Annual report of the Punjab Veterinary College and of the Civil Veterinary Department, Punjab - 1926-1932
Year: 1926
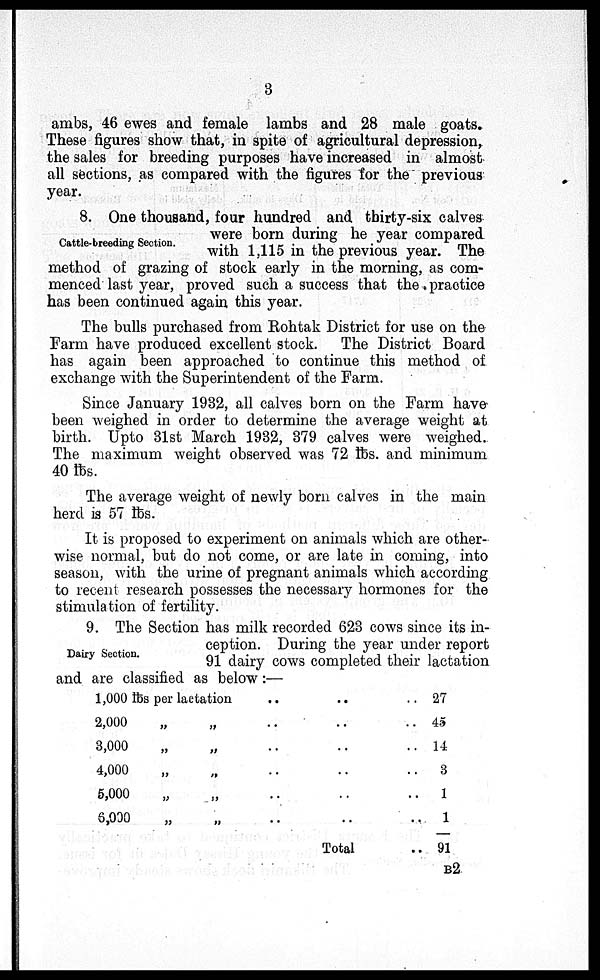
8
ambs, 46 ewes and female lambs and 28 male goats.
These figures show that, in spite of agricultural depression,
the sales for breeding purposes have increased in almost
all sections, as compared with the figures for the previous
year.
Cattle-breeding Section.
8. One thousand, four hundred and thirty-six calves
were born during he year compared
with 1,115 in the previous year. The
method of grazing of stock early in the morning, as com-
menced last year, proved such a success that the practice
has been continued again this year.
The bulls purchased from Rohtak District for use on the
Farm have produced excellent stock. The District Board
has again been approached to continue this method of
exchange with the Superintendent of the Farm.
Since January 1932, all calves born on the Farm have
been weighed in order to determine the average weight at
birth. Upto 31st March 1932, 379 calves were weighed.
The maximum weight observed was 72 lbs. and minimum
40 lbs.
The average weight of newly born calves in the main
herd is 57 lbs.
It is proposed to experiment on animals which are other-
wise normal, but do not come, or are late in coming, into
season, with the urine of pregnant animals which according
to recent research possesses the necessary hormones for the
stimulation of fertility.
Dairy Section.
9. The Section has milk recorded 623 cows since its in-
ception. During the year under report
91 dairy cows completed their lactation
and are classified as below:—
1,000 lbs per lactation
2,000
3,000
4,000
5,000
6,000
„
„
„
„
„
„
„
„
„
„
..
..
..
..
..
..
..
..
..
..
..
..
Total
..
..
..
..
..
..
..
27
45
14
3
1
1
91
B2